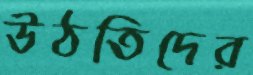
উঠতিদের